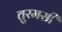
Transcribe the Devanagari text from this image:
तुरमसी